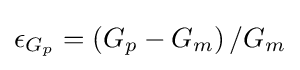
\epsilon _{G_{p}}=\left(G_{p}-G_{m}\right)/G_{m}